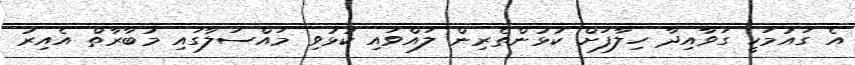
އެ ގައުމަކީ ގަވާއިދާ ހިލާފަށް ކުޅުންތެރިން ލައްވައި ކުޅުވި މައްސަލާގައި މުބާރާތް އެއިރު